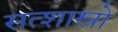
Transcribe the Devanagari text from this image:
सत्शास्त्रो